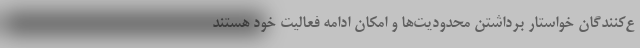
ع‌کنندگان خواستارِ برداشتنِ محدودیت‌ها و امکان ادامه فعالیت خود هستند